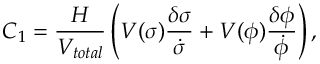
C _ { 1 } = \frac { H } { V _ { t o t a l } } \left( V ( \sigma ) \frac { \delta \sigma } { \dot { \sigma } } + V ( \phi ) \frac { \delta \phi } { \dot { \phi } } \right) ,